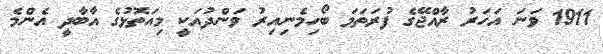
1911 ވަނަ އަހަރު ރާއްޖޭގެ ފުރަތަމަ ބޯހިމެނިއިރު ވަންދުއަކީ މިއަތޮޅުގެ އާބާދީ އެންމެ